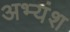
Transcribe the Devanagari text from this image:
अभ्यंश